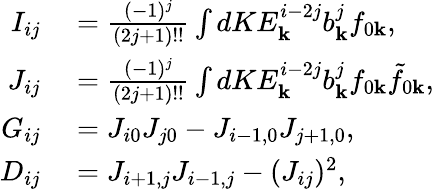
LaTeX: \begin{array}{rl}{I_{ij}}&{{}=\frac{(-1)^{j}}{(2j+1)!!}\int dKE_{\mathbf{k}}^{i-2j}b_{\mathbf{k}}^{j}f_{0\mathbf{k}},}\\ {J_{ij}}&{{}=\frac{(-1)^{j}}{(2j+1)!!}\int dKE_{\mathbf{k}}^{i-2j}b_{\mathbf{k}}^{j}f_{0\mathbf{k}}\tilde{f}_{0\mathbf{k}},}\\ {G_{ij}}&{{}=J_{i0}J_{j0}-J_{i-1,0}J_{j+1,0},}\\ {D_{ij}}&{{}=J_{i+1,j}J_{i-1,j}-(J_{ij})^{2},}\end{array}